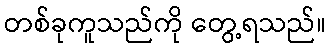
တစ်ခုကူသည်ကို တွေ့ရသည်။